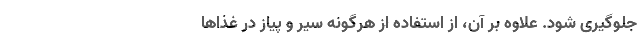
جلوگیری شود. علاوه بر آن، از استفاده از هرگونه سیر و پیاز در غذاها